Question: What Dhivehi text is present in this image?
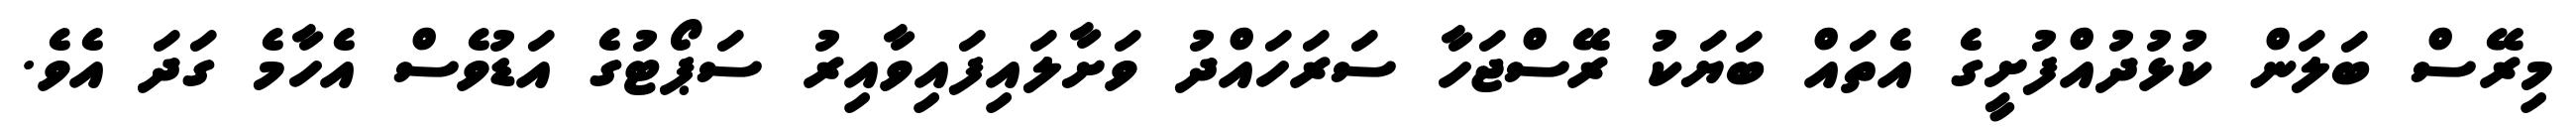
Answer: މިރޭސް ބަލަން ކުޅުދުއްފުށީގެ އެތައް ބަޔަކު ރޭސްޖަހާ ސަރަހައްދު ވަށާލައިފައިވާއިރު ސަޕޯޓުގެ އަޑުވެސް އެހާމެ ގަދަ އެވެ.